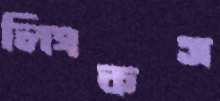
লিংকস